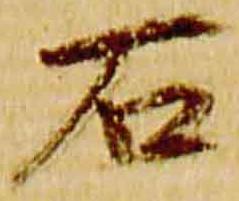
石